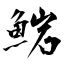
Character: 𩸶